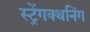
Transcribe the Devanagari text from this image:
स्ट्रेंगक्थनिंग